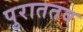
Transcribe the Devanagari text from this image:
पुराततव